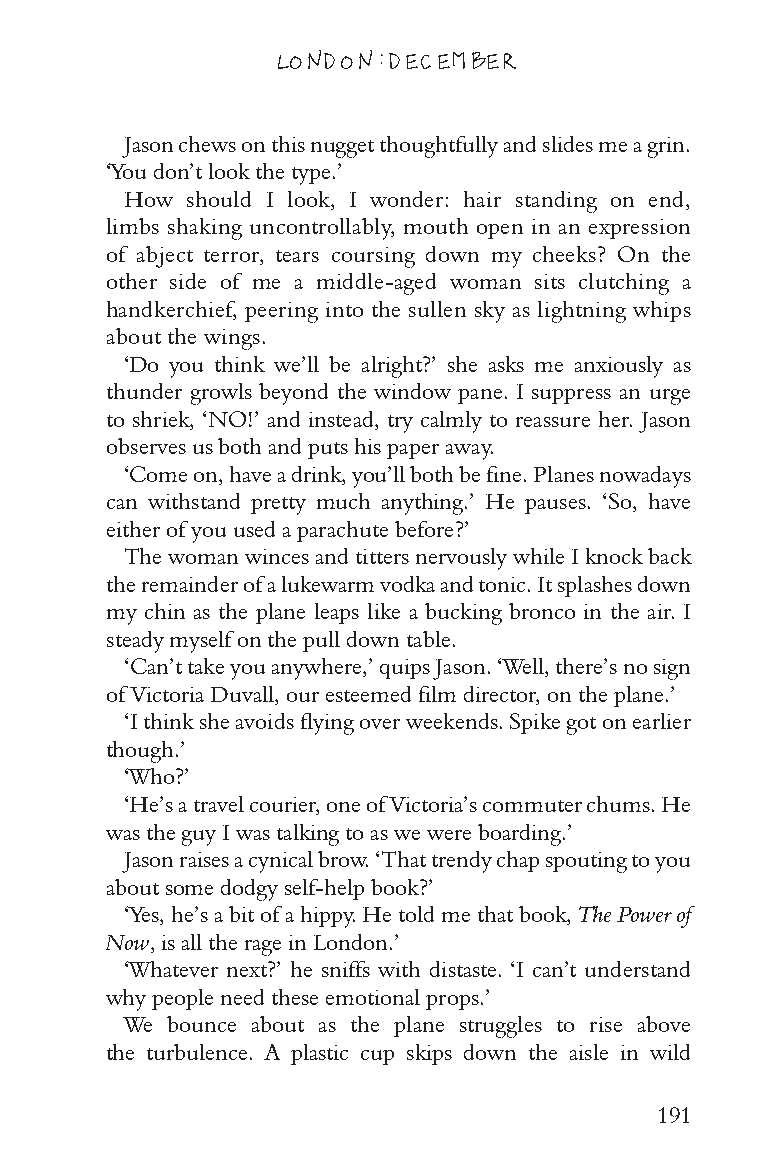
LONDON: DECEMBER
 Jason chews on this nugget thoughtfully and slides me a grin.
 ‘You don’t look the type.’
 How should I look, I wonder: hair standing on end,
 limbs shaking uncontrollably, mouth open in an expression
 of abject terror, tears coursing down my cheeks? On the
 other side of me a middle-aged woman sits clutching a
 handkerchief, peering into the sullen sky as lightning whips
 about the wings.
 ‘Do you think we’ll be alright?’ she asks me anxiously as
 thunder growls beyond the window pane. I suppress an urge
 to shriek, ‘NO!’ and instead, try calmly to reassure her. Jason
 observes us both and puts his paper away.
 ‘Come on, have a drink, you’ll both be fine. Planes nowadays
 can withstand pretty much anything.’ He pauses. ‘So, have
 either of you used a parachute before?’
 The woman winces and titters nervously while I knock back
 the remainder of a lukewarm vodka and tonic. It splashes down
 my chin as the plane leaps like a bucking bronco in the air. I
 steady myself on the pull down table.
 ‘Can’t take you anywhere,’ quips Jason. ‘Well, there’s no sign
 of Victoria Duvall, our esteemed film director, on the plane.’
 ‘I think she avoids flying over weekends. Spike got on earlier
 though.’
 ‘Who?’
 ‘He’s a travel courier, one of Victoria’s commuter chums. He
 was the guy I was talking to as we were boarding.’
 Jason raises a cynical brow. ‘That trendy chap spouting to you
 about some dodgy self-help book?’
 ‘Yes, he’s a bit of a hippy. He told me that book, The Power of
 Now, is all the rage in London.’
 ‘Whatever next?’ he sniffs with distaste. ‘I can’t understand
 why people need these emotional props.’
 We bounce about as the plane struggles to rise above
 the turbulence. A plastic cup skips down the aisle in wild
 191